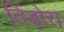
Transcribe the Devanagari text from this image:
तिंड़ोरा